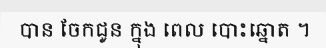
បាន ចែកជូន ក្នុង ពេល បោះឆ្នោត ។